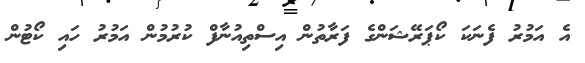
އެ އަމުރު ފެނަކަ ކޯޕަރޭޝަންގެ ފަރާތުން އިސްތިއުނާފް ކުރުމުން އަމުރު ހައި ކޯޓުން